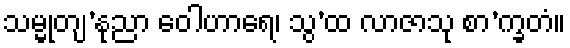
သမ္မုတျ’နုညာ ဝေါဟာရေ၊ သွ’ထ လာဇာသု စာ’က္ခတံ။